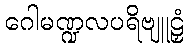
ဂေါမဏ္ဍလပရိဗျူဠှံ